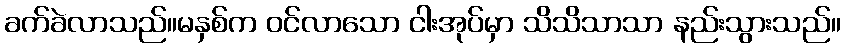
ခက်ခဲလာသည်။မနှစ်က ဝင်လာသော ငါးအုပ်မှာ သိသိသာသာ နည်းသွားသည်။